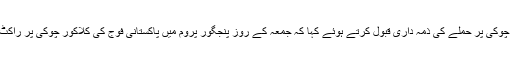
21 اکتوبر سی پیک سے منسلک لنک روڈ سیکورٹی فورسز کی چوکی پر حملے کی ذمہ داری قبول کرتے ہوئے کہا کہ جمعہ کے روز پنجگور پروم میں پاکستانی فوج کی کلاکور چوکی پر راکٹ حملہ کرکے قابض فو ج کو بھاری جانی و مالی نقصان پہنچایا۔